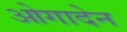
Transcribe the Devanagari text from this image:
ओगादेन